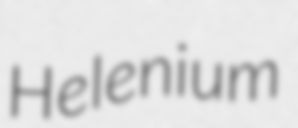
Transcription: Helenium